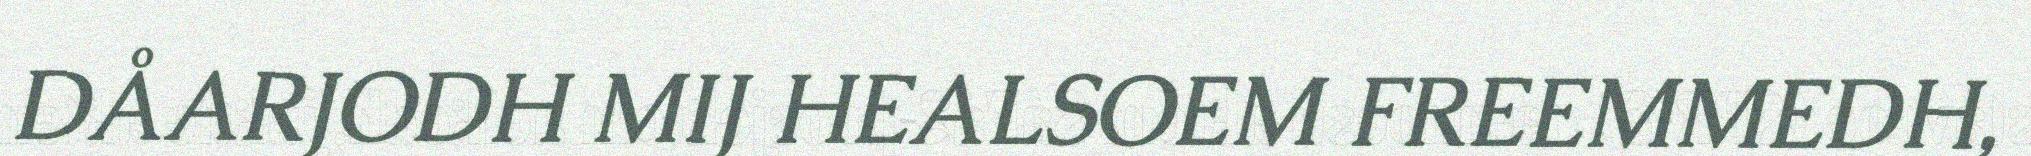
DÅARJODH MIJ HEALSOEM FREEMMEDH,